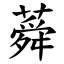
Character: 蕣